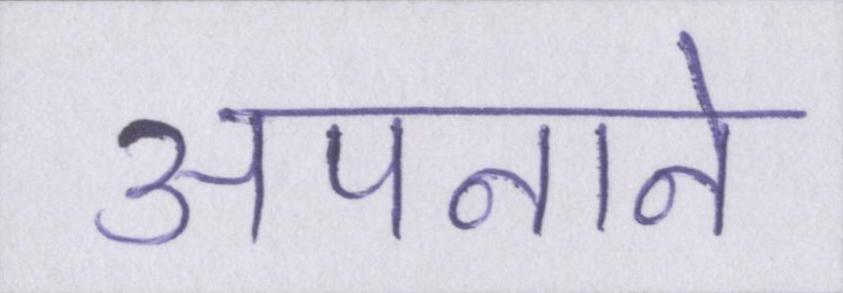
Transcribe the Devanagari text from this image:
अपनाने